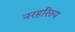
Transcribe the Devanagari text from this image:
नरहरिरुप